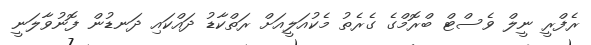
ރެފްރީ ނީލް ވެސްޓް ބްރޮމްގެ ގެރެތު މެކުއަލީއަށް ރަތްކާޑު ދައްކައި ދަނޑުން ފޮނުވާލަނީ